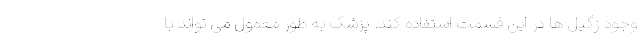
وجود زگیل ها در این قسمت استفاده کند. پزشک به طور معمول می تواند با